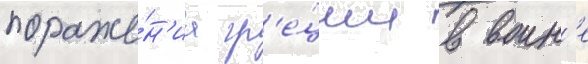
пораже́н'иа гр'е́ции в воин'е